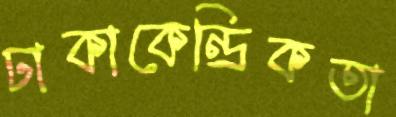
ঢাকাকেন্দ্রিকতা